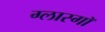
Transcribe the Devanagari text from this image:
ग्लास्गाॅ